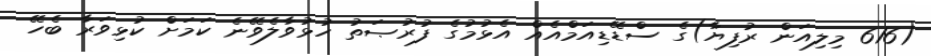
(616 މިލިއަން ރުފިޔާ)ގެ ސްޑޭޑިއަމްއެއް އެޅުމުގެ ފުރުޞަތު ހުޅުވާލެވޭނެ ކަމަށް ކުޅިވަރާ ބެހޭ